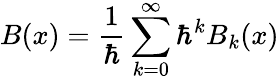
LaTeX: B(x)={\frac{1}{\hbar}}\sum_{k=0}^{\infty}\hbar^{k}B_{k}(x)